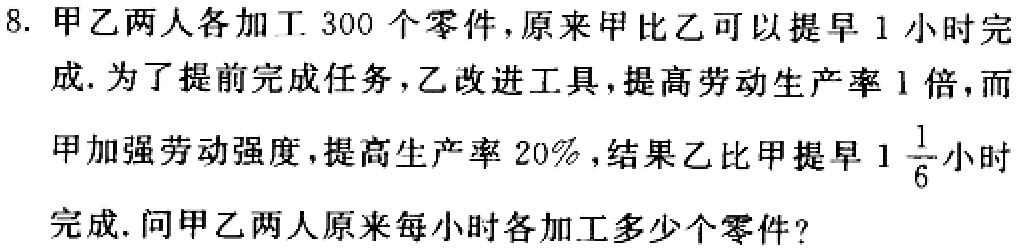
8. 甲乙两人各加工 300 个零件，原来甲比乙可以提早 1 小时完成. 为了提前完成任务，乙改进工具，提高劳动生产率 1 倍，而甲加强劳动强度，提高生产率 20%，结果乙比甲提早 \(1\frac{1}{6}\)小时完成. 问甲乙两人原来每小时各加工多少个零件？